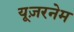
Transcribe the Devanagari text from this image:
यूज़रनेम